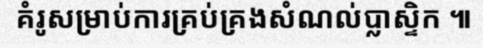
គំរូសម្រាប់ការគ្រប់គ្រងសំណល់ប្លាស្ទិក ៕